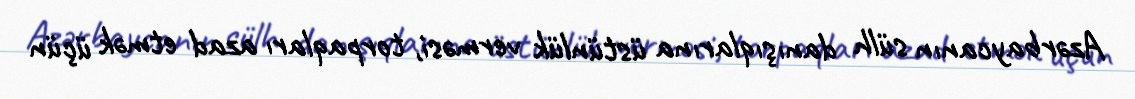
Azərbaycanın sülh danışıqlarına üstünlük verməsi, torpaqları azad etmək üçün